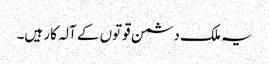
یہ ملک دشمن قوتوں کے آلہ کار ہیں۔